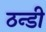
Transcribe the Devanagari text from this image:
ठन्डी